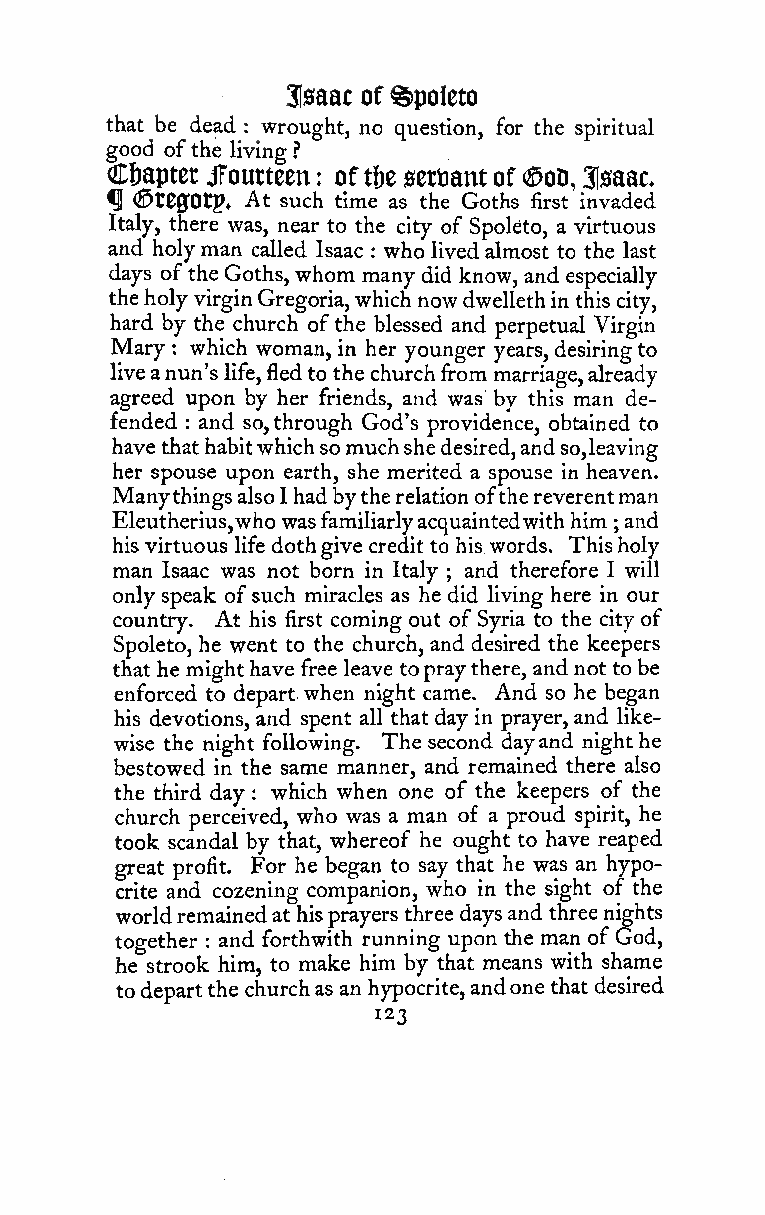
3!saac of @>poleto
 that be dead : wrought, no question, for the spiritual
 good ofthe living ?
 Chapter jToutteen oftbe stvomt of (SoD, 31saac
 :
 ^ (©tC0Otp» At such time as the Goths first invaded
 Italy, there was, near to the city of Spoleto, a virtuous
 and holyman called Isaac : who livedalmost to the last
 days ofthe Goths, whom many did know, and especially
 theholy virgin Gregoria,which nowdwellethin this city,
 hard by the church ofthe blessed and perpetual Virgin
 Mary : which woman, in her younger years, desiring to
 liveanun'slife, fledto thechurchfrom marriage,already
 agreed upon by her friends, and was by this man de-
 fended and so,through God's providence, obtained to
 :
 havethathabitwhichsomuchshedesired,andso,leaving
 her spouse upon earth, she merited a spouse in heaven.
 ManythingsalsoIhadbytherelationofthereverentman
 Eleutherius,whowasfamiliarlyacquaintedwithhim and
 ;
 his virtuous life dothgive credit to his words. Thisholy
 man Isaac was not born in Italy and therefore I will
 ;
 only speak ofsuch miracles as he did living here in our
 country. At his first coming out of Syria to the city of
 Spoleto, he went to the church, and desired the keepers
 thathe mighthave free leave topraythere, and not to be
 enforced to depart when night came. And so he began
 his devotions, and spent all that day in prayer, and like-
 wise the night following. The second dayand night he
 bestowed in the same manner, and remained there also
 the third day which when one of the keepers of the
 :
 church perceived, who was a man of a proud spirit, he
 took scandal by that, whereof he ought to have reaped
 great profit. For he began to say that he was an hypo-
 crite and cozening companion, who in the sight of the
 worldremainedat hisprayers three daysand three nights
 together and forthwith running upon the man of God,
 :
 he strook him, to make him by that means with shame
 todepartthe churchas an hypocrite,andone that desired
 123